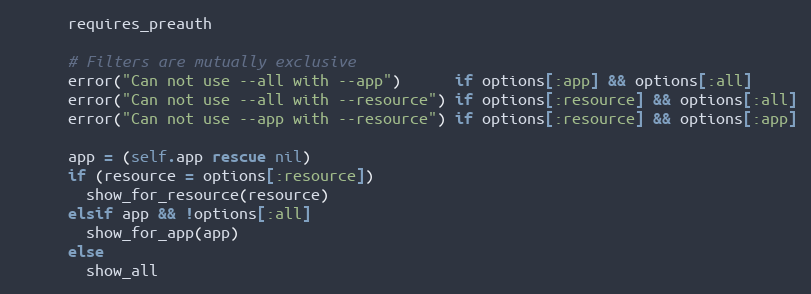
Language: Ruby
      requires_preauth

      # Filters are mutually exclusive
      error("Can not use --all with --app")      if options[:app] && options[:all]
      error("Can not use --all with --resource") if options[:resource] && options[:all]
      error("Can not use --app with --resource") if options[:resource] && options[:app]

      app = (self.app rescue nil)
      if (resource = options[:resource])
        show_for_resource(resource)
      elsif app && !options[:all]
        show_for_app(app)
      else
        show_all